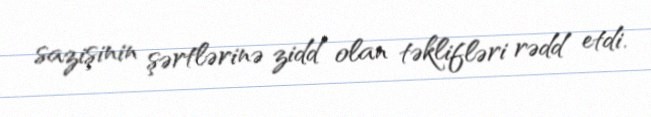
sazişinin şərtlərinə zidd olan təklifləri rədd etdi.